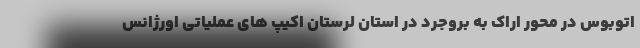
اتوبوس در محور اراک به بروجرد در استان لرستان اکیپ های عملیاتی اورژانس